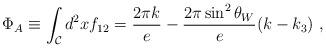
LaTeX: \begin{align*}\Phi_A \equiv \int_{\cal C} d^2x f_{12}=\frac{2 \pi k}{e}-\frac{2 \pi \sin^2\theta_W}{e}(k-k_3)~,\end{align*}